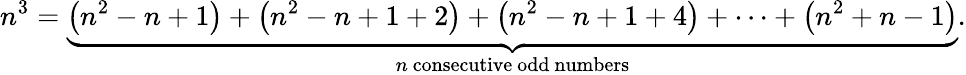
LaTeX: n^{3}=\underbrace{\left(n^{2}-n+1\right)+\left(n^{2}-n+1+2\right)+\left(n^{2}-n+1+4\right)+\cdots+\left(n^{2}+n-1\right)}_{n{\mathrm{~consecutive~odd~numbers}}}.